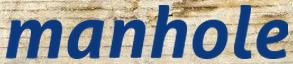
manhole